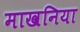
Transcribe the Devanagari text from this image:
माखनिया